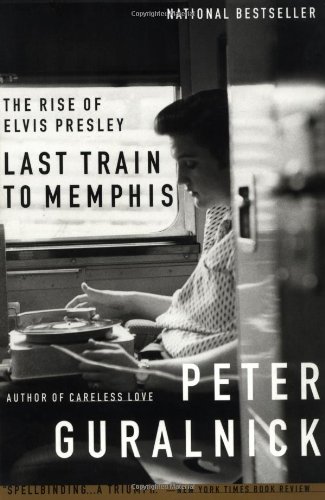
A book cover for Last Train to Memphis: The Rise of Elvis Presley; Peter Guralnick; Biographies & Memoirs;